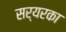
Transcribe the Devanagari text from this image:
सर्यरका